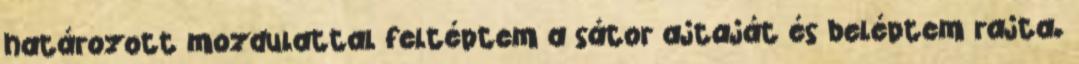
határozott mozdulattal feltéptem a sátor ajtaját és beléptem rajta.